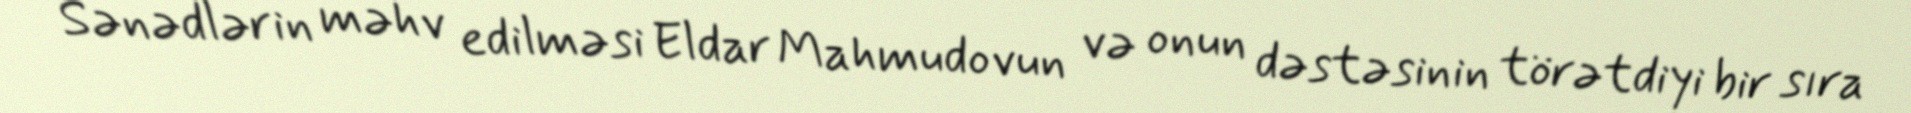
Sənədlərin məhv edilməsi Eldar Mahmudovun və onun dəstəsinin törətdiyi bir sıra